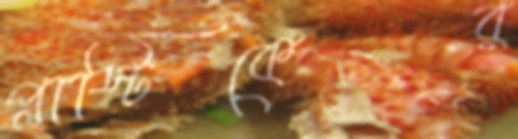
প্লাস্টিকের